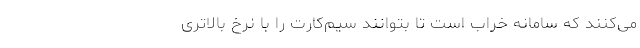
می‌کنند که سامانه خراب است تا بتوانند سیم‌کارت را با نرخ بالاتری